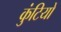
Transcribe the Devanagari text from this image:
कुंटियों